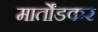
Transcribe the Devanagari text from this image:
मार्तोंडकर